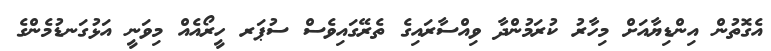
އެގޮތުން އިންޑިޔާއަށް މިހާރު ކުރަމުންދާ ވިއްސާރައިގެ ތެރޭގައިވެސް ސުޕަރ ހީރޯއެއް މިވަނީ އަޅުގަނޑުމެންގެ